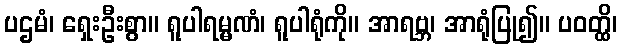
ပဌမံ၊ ရှေးဦးစွာ။ ရူပါရမ္မဏံ၊ ရူပါရုံကို။ အာရဗ္ဘ၊ အာရုံပြု၍။ ပဝတ္ထိ၊